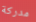
مدركة